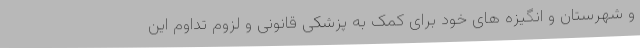
و شهرستان و انگیزه های خود برای کمک به پزشکی قانونی و لزوم تداوم این